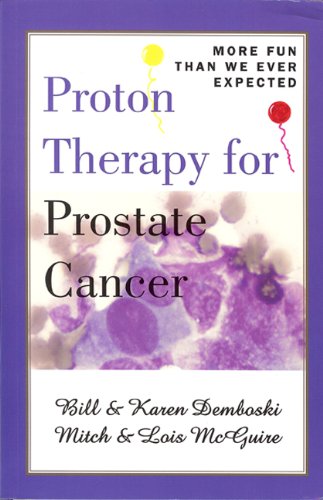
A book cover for Proton Therapy for Prostate Cancer: More Fun Than We Ever Expected; Karen Demboski; Health, Fitness & Dieting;